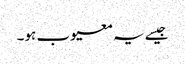
جیسے یہ معیوب ہو۔